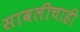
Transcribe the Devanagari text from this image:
सावलीचाही